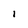
Character: 1